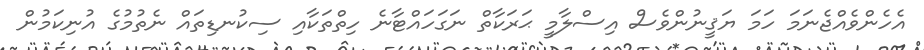
އެހެންވެއްޖެނަމަ ހަމަ ޔަޤީނުންވެސް އިސްލާމީ ޙަރަކާތް ނަގަހައްޓާނެ ހިތްތަކާއި ސިކުނޑިތައް ނެތުމުގެ އުނިކަމުން